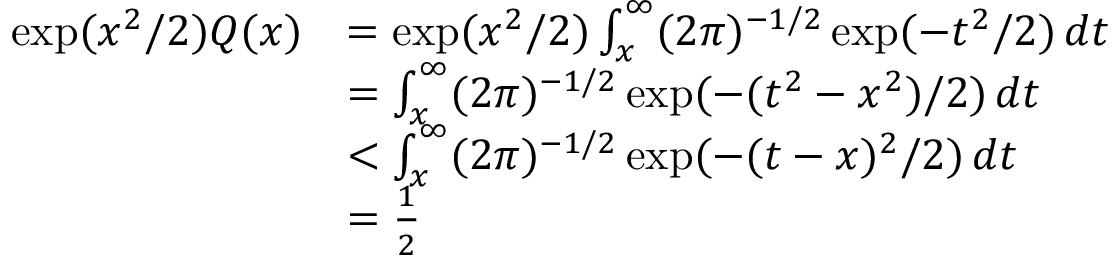
\begin{array} { r l } { \exp ( x ^ { 2 } / 2 ) Q ( x ) } & { = \exp ( x ^ { 2 } / 2 ) \int _ { x } ^ { \infty } ( 2 \pi ) ^ { - 1 / 2 } \exp ( - t ^ { 2 } / 2 ) \, d t } \\ & { = \int _ { x } ^ { \infty } ( 2 \pi ) ^ { - 1 / 2 } \exp ( - ( t ^ { 2 } - x ^ { 2 } ) / 2 ) \, d t } \\ & { < \int _ { x } ^ { \infty } ( 2 \pi ) ^ { - 1 / 2 } \exp ( - ( t - x ) ^ { 2 } / 2 ) \, d t } \\ & { = \frac { 1 } { 2 } } \end{array}